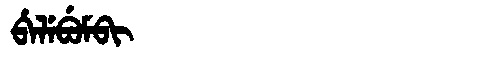
Manchu: ᠪᡝᠯᡝᠪᡠᠮᠪᡳ
Romanization: BELEBUMBI